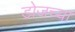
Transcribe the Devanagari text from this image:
डोजच्या